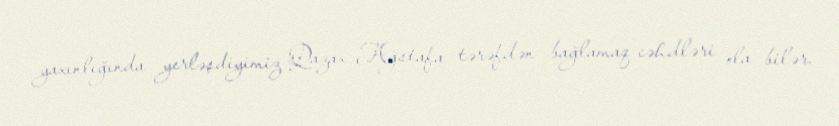
yaxınlığında yerləşdiyimiz Qazax-Ağstafa tərəfdən bağlamaq cəhdləri ola bilər.